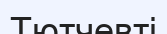
Тютчевті